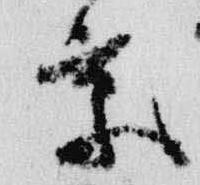
京